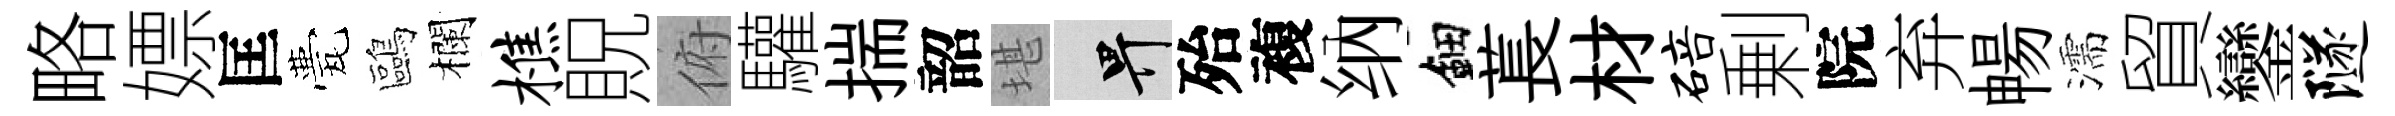
略嫖匡甍鷗欄樵貺俯驩揣韶堪畀殆複纳鈿萇材碚剰院弃暢濡貿鑾隧